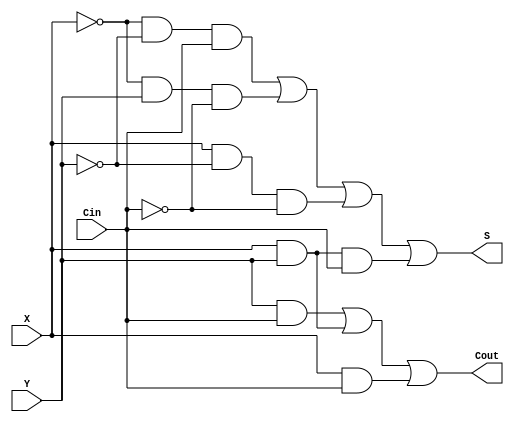
module Lab6Step0(X,Y,Cin,Cout,S);
input Cin, X, Y;
output Cout, S;

assign S = (~X&~Y&Cin)|(~X&Y&~Cin)|(X&~Y&~Cin)|(X&Y&Cin);

assign Cout = (Y&Cin)|(X&Y)|(X&Cin);

endmodule